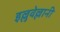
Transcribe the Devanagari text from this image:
इल्लुवेल्लानी